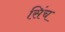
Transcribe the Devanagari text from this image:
सिंच